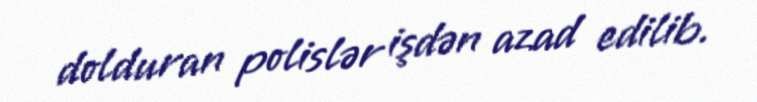
dolduran polislər işdən azad edilib.